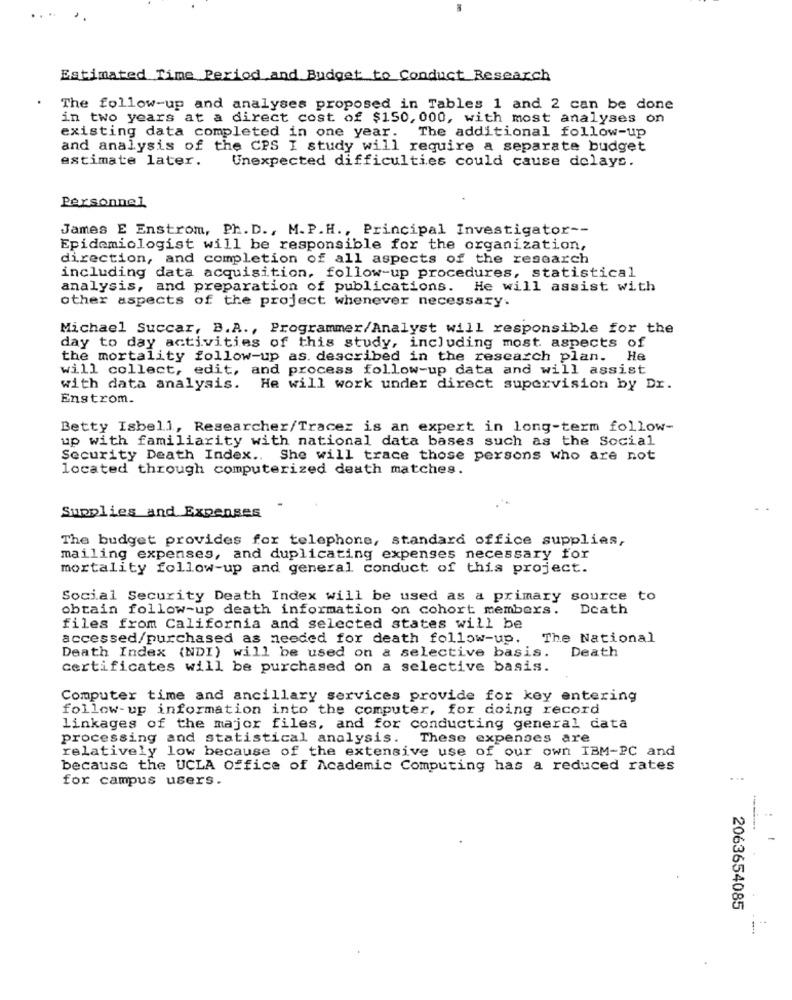
Estimated Time Period, and Budget to Conduct Research
The follow-up and analyses proposed in Tables 1 and 2 can be done
in two years at a direct cost of $150, 000, with most analyses on
existing data completed in one year.
The additional follow-up
and analysis of the CPS I study will require a separate budget
estimate later.
Unexpected difficulties could cause delays.
Personnel
James E Enstrom, Ph. D ., M.P.H ., Principal Investigator --
Epidemiologist will be responsible for the organization,
direction, and completion of all aspects of the research
including data acquisition, follow-up procedures, statistical
analysis, and preparation of publications. He will assist with
other aspects of the project whenever necessary.
Michael Succar, B.A ., Programmer/Analyst will responsible for the
day to day activities of this study, including most aspects of
the mortality follow-up as. described in the research plan. He
will collect, edit, and process follow-up data and will assist
with data analysis. He will work under direct supervision by Dr.
Enstrom.
Betty Isbell, Researcher/Tracer is an expert in long-term follow-
up with familiarity with national data bases such as the Social
Security Death Index .. She will trace those persons who are not
located through computerized death matches.
Supplies and Expenses
The budget provides for telephone, standard office supplies,
mailing expenses, and duplicating expenses necessary for
mortality follow-up and general conduct of this project.
Social Security Death Index will be used as a primary source to
obtain follow-up death information on cohort members.
Death
files from California and selected states will be
accessed/purchased as needed for death follow-up.
The National
Death
Death Index (NDI) will be used on a selective basis.
certificates will be purchased on a selective basis.
Computer time and ancillary services provide for key entering
follow-up information into the computer, for doing record
linkages of the major files, and for conducting general data
processing and statistical analysis. These expenses are
relatively low because of the extensive use of our own IBM-PC and
because the UCLA Office of Academic Computing has a reduced rates
for campus users.
..
2063654085
1